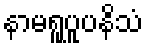
နာမရူပူပနိသံ